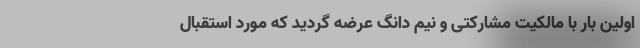
اولین بار با مالکیت مشارکتی و نیم دانگ عرضه گردید که مورد استقبال